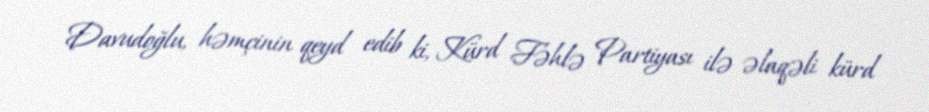
Davudoğlu, həmçinin qeyd edib ki, Kürd Fəhlə Partiyası ilə əlaqəli kürd